Report on horse surra - Volume I
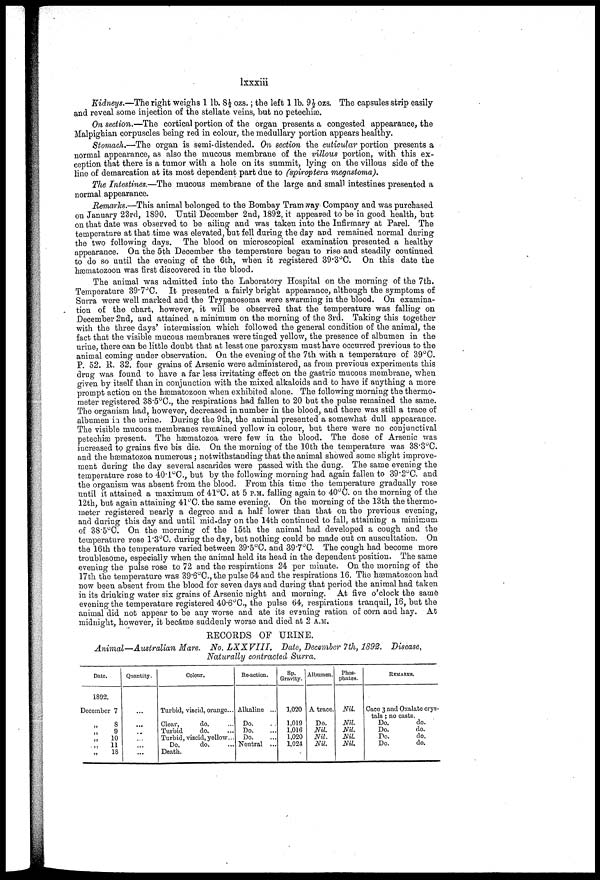
lxxxiii
Kidneys.—The right weighs 1 lb. 8½ ozs.; the left 1 lb. 9½ ozs. The capsules strip easily
and reveal some injection of the stellate veins, but no petechia}.
On section.—The cortical portion of the organ presents a congested appearance, the
Malpighian corpuscles being red in colour, the medullary portion appears healthy.
Stomach.—The organ is semi-distended. On section the cuticular portion presents a
normal appearance, as also the mucous membrane of the villous portion, with this ex-
ception that there is a tumor with a hole on its summit, lying on the villous side of the
line of demarcation at its most dependent part due to (spiroptera megastoma).
The Intestines.—The mucous membrane of the large and small intestines presented a
normal appearance.
Remarks.—This animal belonged to the Bombay Tram way Company and was purchased
on January 23rd, 1890. Until December 2nd, 1892, it appeared to be in good health, but
on that date was observed to be ailing and was taken into the Infirmary at Parel. The
temperature at that time was elevated, but fell during the day and remained normal during
the two following days. The blood on microscopical examination presented a healthy
appearance. On the 5th December the temperature began to rise and steadily continued
to do so until the evening of the 6th, when it registered 39.3°C. On this date the
hæmatozoon was first discovered in the blood.
The animal was admitted into the Laboratory Hospital on the morning of the 7th.
Temperature 39.7°C. It presented a fairly bright appearance, although the symptoms of
Surra were well marked and the Trypanosoma were swarming in the blood. On examina-
tion of the chart, however, it will be observed that the temperature was falling on
December 2nd, and attained a minimum on the morning of the 3rd. Taking this together
with the three days' intermission which followed the general condition of the animal, the
fact that the visible mucous membranes were tinged yellow, the presence of albumen in the
urine, there can be little doubt that at least one paroxysm must have occurred previous to the
animal coming under observation. On the evening of the 7th with a temperature of 39°C.
P. 52. R. 32. four grains of Arsenic were administered, as from previous experiments this
drug was found to have a far less irritating effect on the gastric mucous membrane, when
given by itself than in conjunction with the mixed alkaloids and to have if anything a more
prompt action on the hæmatozoon when exhibited alone. The following morning the thermo-
meter registered 3S . 5°C, the respirations had fallen to 20 but the pulse remained the same.
The organism had, however, decreased in number in the blood, and there was still a trace of
albumen in the urine. During the 9th, the animal presented a somewhat dull appearance.
The visible mucous membranes remained yellow in colour, but there were no conjunctival
petechias present. The hæmatozoa were few in the blood. The dose of Arsenic was
increased to grains five bis die. On the morning of the 10th the temperature was 38.3°C.
and the hæmatozoa numerous ; notwithstanding that the animal showed some slight improve-
ment during the day several ascarides were passed with the dung. The same evening the
temperature rose to 4.0.1°C, but by the following morning had again fallen to 39.2°C. and
the organism was absent from the blood. From this time the temperature gradually rose
until it attained a maximum of 41°C. at 5 P.M. falling again to 40°C. on the morning of the
12th, but again attaining 41°C. the same evening. On the morning of the 13th the thermo-
meter registered nearly a degree and a half lower than that on the previous evening,
and duering this day and until mid-day on the 14th continued to fall, attaining a minimum
of 38.5°C. On the morning of the 15th the animal had developed a cough and the
temperature rose 1.3°C. during the day, but nothing could be made out on auscultation. On
the 16th the temperature varied between 39.5°C. and 39.7°C The cough had become more
troublesome, especially when the animal held its head in the dependent position. The same
evening the pulse rose to 72 and the respirations 24 per minute. On the morning of the
17th the temperature was 39.6°C, the pulse 64 and the respirations 16. The hæmatozoon had
now been absent from the blood for seven clays and during that period the animal had taken
in its drinking water six grains of Arsenic night and morning. At five o'clock the same
evening the temperature registered 40.6°C, the pulse 64, respirations tranquil, 16, but the
animal did not appear to be any worse and ate its evening ration of corn and hay. At
midnight, however, it became suddenly worse and died at 2 A.M.
RECORDS OF URINE.
Animal—Australian
Mare. No. LXX VIII.
Date, December 7th, 1892. Disease,
Naturally contracted Surra.
Date.
1S92.
December 7
8
9
„
10
„
11
„ 18
Quantity.
...
Colour.
Turbid, viscid, orange...
Clear,
do.
Turbid
do.
Turbid, viscid, yellow...
Do.
do.
Death.
Re-action.
Alkaline ...
Do.
Do.
Do.
Neutral ...
Sp.
Gravity.
1,020
1,019
1,016
1,020
1,024
Albumen.
A trace.
Do.
Nil.
Nil.
Nil.
Phos-
phates.
Nil.
Nil.
Nil.
Nil.
Nil.
REMARKS.
Caco 3 and Oxalate crys-
tals ; no casts.
Do.
do.
Do.
do.
Do.
do.
Do.
do.